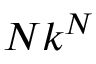
N k ^ { N }